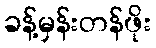
ခန့်မှန်းတန်ဖိုး